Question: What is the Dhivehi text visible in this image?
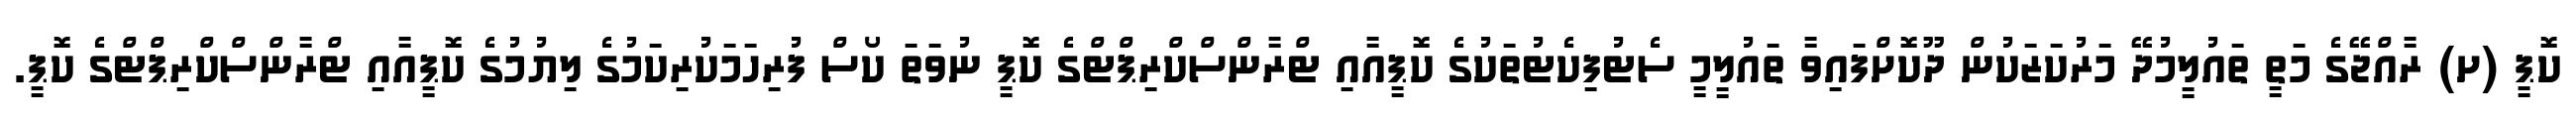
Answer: ކޮޕީ (ށ) ރާއްޖޭގެ މަތީ ތައުލީމުދޭ މަރުކަޒަކުން ދޫކޮށްފައިވާ ތައުލީމީ ސެޓުފިކެޓުތަކުގެ ކޮޕީއާއި ޓްރާންސްކްރިޕްޓްގެ ކޮޕީ ނުވަތަ ކޯސް ފުރިހަމަކުރިކަމުގެ ލިޔުމުގެ ކޮޕީއާއި ޓްރާންސްކްރިޕްޓްގެ ކޮޕީ.